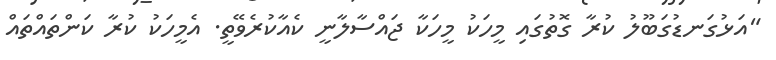
"އަޅުގަނޑުގަބޫލު ކުރާ ގޮތުގައި މީހަކު މީހަކާ ޖައްސާލާނީ ކެއާކުރެވޭތީ. އެމީހަކު ކުރާ ކަންތައްތައް